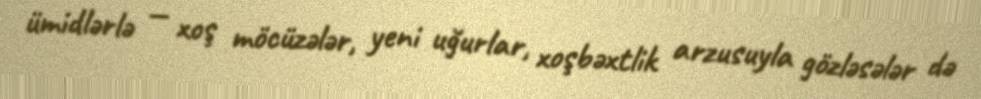
ümidlərlə — xoş möcüzələr, yeni uğurlar, xoşbəxtlik arzusuyla gözləsələr də